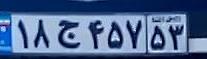
۱۸ج۴۵۷۵۳